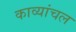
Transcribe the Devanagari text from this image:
काव्यांचल